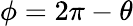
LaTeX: \phi=2\pi-\theta